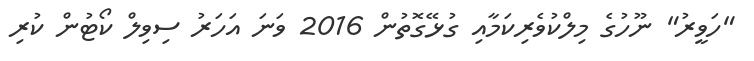
"ހަވީރު" ނޫހުގެ މިލްކުވެރިކަމާއި ގުޅޭގޮތުން 2016 ވަނަ އަހަރު ސިވިލް ކޯޓުން ކުރި